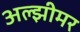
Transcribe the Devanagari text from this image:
अल्झीमर